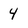
Character: 4